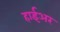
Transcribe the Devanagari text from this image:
हाईअर